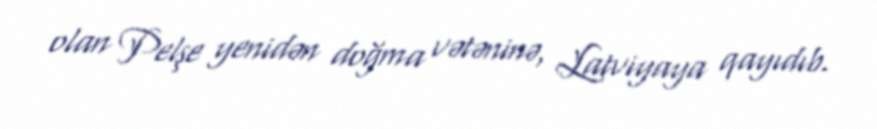
olan Pelşe yenidən doğma vətəninə, Latviyaya qayıdıb.